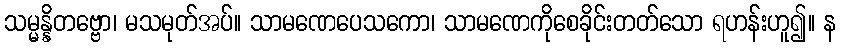
သမ္မန္နိတဗ္ဗော၊ မသမုတ်အပ်။ သာမဏေပေသကော၊ သာမဏေကိုစေခိုင်းတတ်သော ရဟန်းဟူ၍။ န